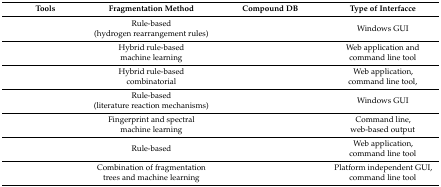
<table><thead><tr><td><b>Tools</b></td><td><b>Fragmentation Method</b></td><td><b>Compound DB</b></td><td><b>Type of Interfacce</b></td></tr></thead><tbody><tr><td>[EMPTY_CELL]</td><td>Rule-based (hydrogen rearrangement rules)</td><td>[EMPTY_CELL]</td><td>Windows GUI</td></tr><tr><td>[EMPTY_CELL]</td><td>Hybrid rule-based machine learning</td><td>[EMPTY_CELL]</td><td>Web application and command line tool</td></tr><tr><td>[EMPTY_CELL]</td><td>Hybrid rule-based combinatorial</td><td>[EMPTY_CELL]</td><td>Web application, command line tool,</td></tr><tr><td>[EMPTY_CELL]</td><td>Rule-based (literature reaction mechanisms)</td><td>[EMPTY_CELL]</td><td>Windows GUI</td></tr><tr><td>[EMPTY_CELL]</td><td>Fingerprint and spectral machine learning</td><td>[EMPTY_CELL]</td><td>Command line, web-based output</td></tr><tr><td>[EMPTY_CELL]</td><td>Rule-based</td><td>[EMPTY_CELL]</td><td>Web application, command line tool</td></tr><tr><td>[EMPTY_CELL]</td><td>Combination of fragmentation trees and machine learning</td><td>[EMPTY_CELL]</td><td>Platform independent GUI, command line tool</td></tr></tbody></table>